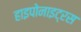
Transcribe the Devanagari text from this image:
हाइपोनाइट्रस